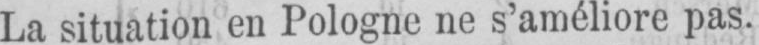
La situation en Pologne ne s’améliore pas.